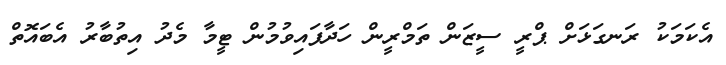
އެކަމަކު ރަނގަޅަށް ޕްރީ ސީޒަން ތަމްރީން ހަދާފައިވުމުން ޓީމާ މެދު އިތުބާރު އެބައޮތް